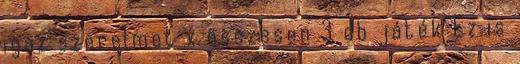
igaz szerelmet x összesen 3 db játék Ez is